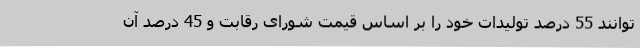
توانند 55 درصد تولیدات خود را بر اساس قیمت شورای رقابت و 45 درصد آن